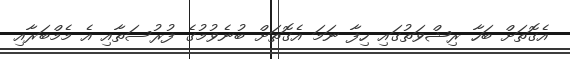
އެގޮތަށް ބަހާ ރިޝްވަތުގައި ހިފާ ނަމަ އެގޮތަށް ބުނެވުމުގެ ފުރުސަތާއި އެ މެމްބަރާއި